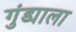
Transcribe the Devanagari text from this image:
गुंड्याला